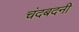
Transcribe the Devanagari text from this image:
चंदबदनी